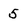
Character: 5